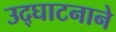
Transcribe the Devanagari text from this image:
उद्घाटनाने